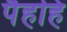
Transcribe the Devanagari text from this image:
पैहहि